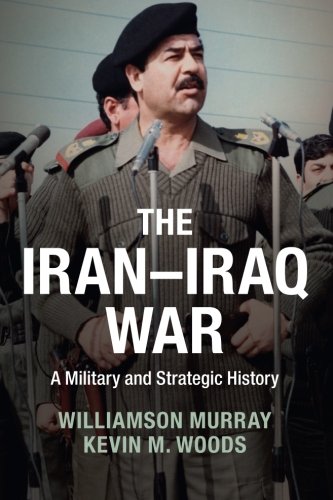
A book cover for The Iran-Iraq War: A Military and Strategic History; Williamson Murray; History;